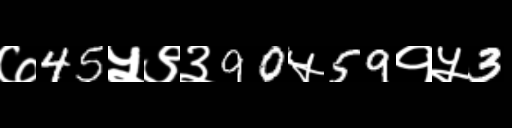
Text: ७45५९३90५59१५3